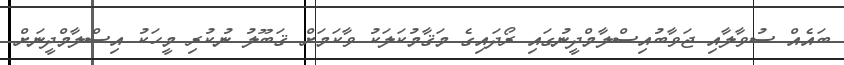
ބައެއް ސުވާލާއި ޖަވާބުއިސްލާމްދީނުގައި ރޯދައިގެ މަޤާމުކަލަކު ވާކަމަށް ޤަބޫލު ނުކުރި މީހަކު އިސްލާމްދީނަށް